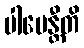
ပါပေန္တီတိ